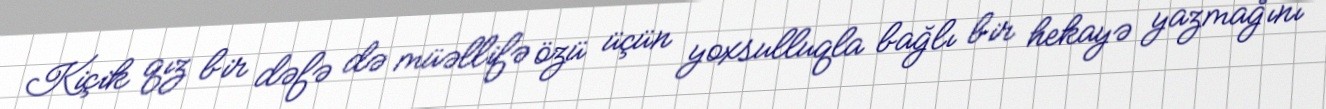
Kiçik qız bir dəfə də müəllifə özü üçün yoxsulluqla bağlı bir hekayə yazmağını